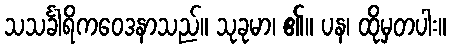
သသင်္ခါရိကဝေဒနာသည်။ သုခုမာ၊ ၏။ ပန၊ ထိုမှတပါး။